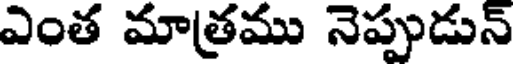
ఎంత మాత్రము నెప్పుడున్